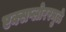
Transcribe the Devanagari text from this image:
एक्सप्लोररमुळे